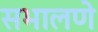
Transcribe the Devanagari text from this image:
सभालणे